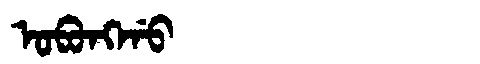
Manchu: ᠣᠪᠣᠩᡤᠣ
Romanization: OBONGGO